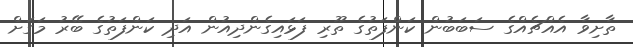
ތާށިވާ އެއްޗެއްގެ ސަބަބުން ކަންފަތުގެ ތޫރި ފަޅައިގެންދިއުން އަދި ކަންފަތުގެ ބޭރު މަގަށް